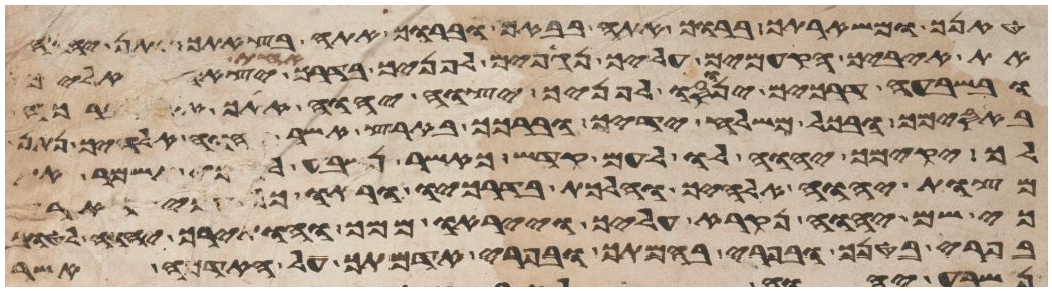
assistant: טנאך ומשארתך ברוך אתה בבאך וברוך אתה בצאתך יתן יהוה
את איביך הקמים עליך נגפים לפניך בדרך אחת יצאו אליך
ובשבעה דרכים ינוסו לפניך יצוה יהוה אתך את
באסימך ובכל משלח ידיך וברכך בארץ אשר יהוה
לך יקימך יהוה לו לעם קדש כאשר נשבע לך כי תשמר
מצות יהוה אלהיך והלכת בדרכיו וראו כל עמי הארץ
כי שם יהוה נקרא עליך וייראו ממך והותירך יהוה
בפרי בטנך ובפרי בהמתך ובפרי אדמתך על האדמה אשר